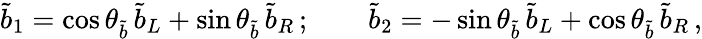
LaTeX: \tilde{b}_{1}=\cos\theta_{\tilde{b}}\, \tilde{b}_{L}+\sin\theta_{\tilde{b}}\, \tilde{b}_{R}\, ;\qquad\tilde{b}_{2}=-\sin\theta_{\tilde{b}}\, \tilde{b}_{L}+\cos\theta_{\tilde{b}}\, \tilde{b}_{R}\, ,